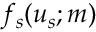
f _ { s } ( u _ { s } ; m )